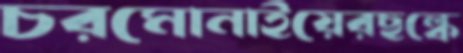
চরমোনাইয়েরছল্‌কে